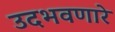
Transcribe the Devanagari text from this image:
उदभवणारे